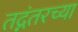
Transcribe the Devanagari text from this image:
तद्नंतरच्या